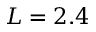
L = 2 . 4